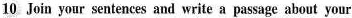
10 Join your sentences and write a passage about your